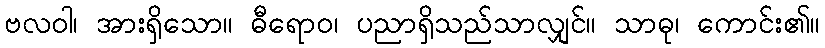
ဗလဝါ၊ အားရှိသော။ ဓီရောဝ၊ ပညာရှိသည်သာလျှင်။ သာဓု၊ ကောင်း၏။